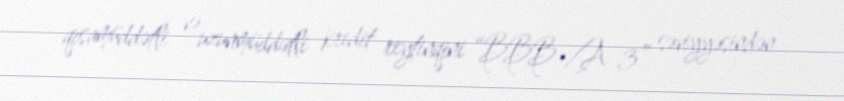
qısamüddətli və uzunmüddətli kredit reytinqini “BBB-/A-3” səviyyəsindən